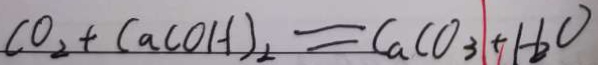
C O _ { 2 } + C a C O H ) _ { 2 } = C a C O _ { 3 } + 1 - H _ { 2 } O